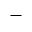
-